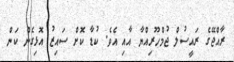
ރާއްޖޭގެ ރައީސުލް ޖުމްހޫރިއްޔާ އާއި އެވެ. ކުޑާ ކޮށް ސައިޒު އޮޅިގެން ކަން